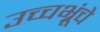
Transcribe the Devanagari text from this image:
उच्चभ्रूंचे